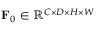
\mathbf { F } _ { 0 } \in \mathbb { R } ^ { C \times D \times H \times W }